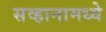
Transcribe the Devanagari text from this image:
सव्हानामध्ये